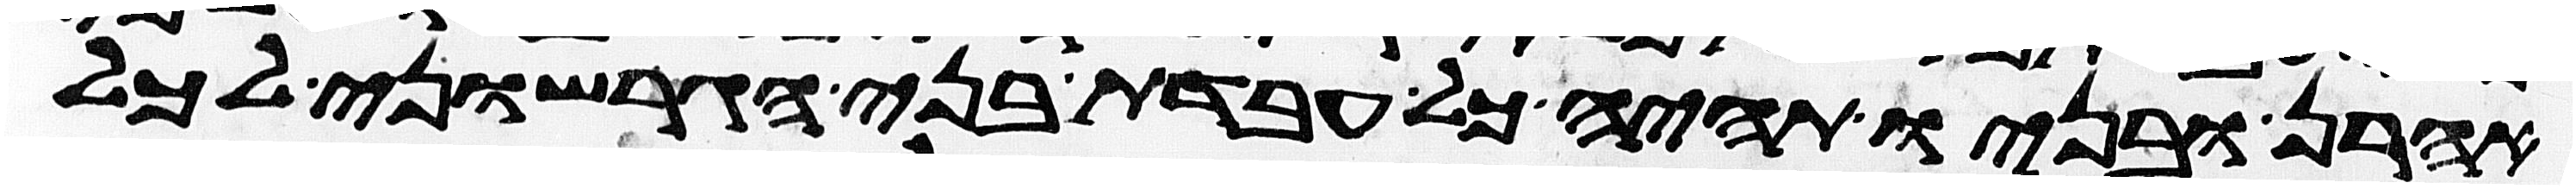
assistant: אהרן ובניו תהיה כל עבדת בני הגרשוני לכל